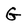
Character: G